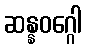
ဆန္နဝဂ္ဂေါ